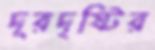
দূরদৃষ্টির